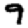
Digit: 9